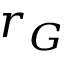
r _ { G }